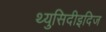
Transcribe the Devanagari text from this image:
थ्युसिदीइदिज